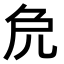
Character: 𠑾